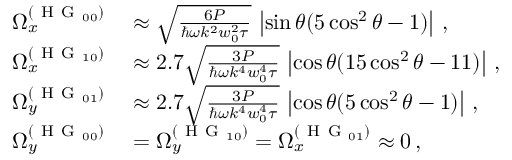
\begin{array} { r l } { \Omega _ { x } ^ { ( \mathrm { ~ H ~ G ~ } _ { 0 0 } ) } } & { { } \approx \sqrt { \frac { 6 P } { \hbar \omega k ^ { 2 } w _ { 0 } ^ { 2 } \tau } } \, \left| \sin \theta ( 5 \cos ^ { 2 } \theta - 1 ) \right| \, , } \\ { \Omega _ { x } ^ { ( \mathrm { ~ H ~ G ~ } _ { 1 0 } ) } } & { { } \approx 2 . 7 \sqrt { \frac { 3 P } { \hbar \omega k ^ { 4 } w _ { 0 } ^ { 4 } \tau } } \, \left| \cos \theta ( 1 5 \cos ^ { 2 } \theta - 1 1 ) \right| \, , } \\ { \Omega _ { y } ^ { ( \mathrm { ~ H ~ G ~ } _ { 0 1 } ) } } & { { } \approx 2 . 7 \sqrt { \frac { 3 P } { \hbar \omega k ^ { 4 } w _ { 0 } ^ { 4 } \tau } } \, \left| \cos \theta ( 5 \cos ^ { 2 } \theta - 1 ) \right| \, , } \\ { \Omega _ { y } ^ { ( \mathrm { ~ H ~ G ~ } _ { 0 0 } ) } } & { { } = \Omega _ { y } ^ { ( \mathrm { ~ H ~ G ~ } _ { 1 0 } ) } = \Omega _ { x } ^ { ( \mathrm { ~ H ~ G ~ } _ { 0 1 } ) } \approx 0 \, , } \end{array}